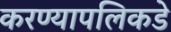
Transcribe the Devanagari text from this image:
करण्यापलिकडे